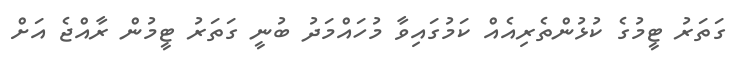
ގަތަރު ޓީމުގެ ކުޅުންތެރިއެއް ކަމުގައިވާ މުހައްމަދު ބުނީ ގަތަރު ޓީމުން ރާއްޖެ އަށް